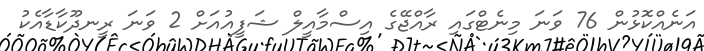
އަނެއްކޮޅުން 76 ވަނަ މިނެޓްގައި ރާއްޖޭގެ އިސްމާއީލް ޝަފީއުއަށް 2 ވަނަ ރީނދޫކާޑާއެކު